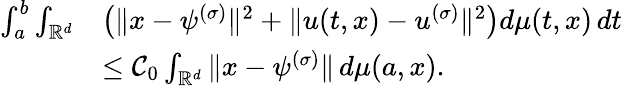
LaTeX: \begin{array}{rl}{\int_{a}^{b}\int_{\mathbb{R}^{d}}}&{\left(\| x-\psi^{(\sigma)}\| ^{2}+\| u(t,x)-u^{(\sigma)}\| ^{2}\right)d\mu(t,x)\, dt}\\ &{\leq{\mathcal C_{0}}\int_{\mathbb{R}^{d}}\| x-\psi^{(\sigma)}\| \, d\mu(a,x).}\end{array}